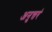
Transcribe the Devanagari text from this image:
अनुत्तरं